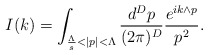
\begin{align*}I(k)=\int_{\frac{\Lambda}{s}<|p|<\Lambda}\frac{d^Dp}{(2\pi)^D}\frac{e^{ik\wedge p}}{p^2}.\end{align*}